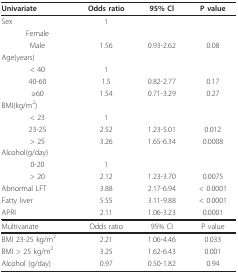
<table><thead><tr><td><b>Univariate</b></td><td><b>Odds ratio </b></td><td><b>95% Cl</b></td><td><b>P value</b></td></tr></thead><tbody><tr><td>Sex</td><td>1</td><td></td><td></td></tr><tr><td>Female</td><td></td><td></td><td></td></tr><tr><td>Male</td><td>1.56</td><td>0.93-2.62</td><td>0.08</td></tr><tr><td>Age(years)</td><td></td><td></td><td></td></tr><tr><td>&lt; 40</td><td>1</td><td></td><td></td></tr><tr><td>40-60</td><td>1.5</td><td>0.82-2.77</td><td>0.17</td></tr><tr><td>≥60</td><td>1.54</td><td>0.71-3.29</td><td>0.27</td></tr><tr><td>BMI(kg/m<sup>2</sup>)</td><td></td><td></td><td></td></tr><tr><td>&lt; 23</td><td>1</td><td></td><td></td></tr><tr><td>23-25</td><td>2.52</td><td>1.23-5.01</td><td>0.012</td></tr><tr><td>&gt; 25</td><td>3.26</td><td>1.65-6.34</td><td>0.0008</td></tr><tr><td>Alcohol(g/day)</td><td></td><td></td><td></td></tr><tr><td>0-20</td><td>1</td><td></td><td></td></tr><tr><td>&gt; 20</td><td>2.12</td><td>1.23-3.70</td><td>0.0075</td></tr><tr><td>Abnormal LFT</td><td>3.88</td><td>2.17-6.94</td><td>&lt; 0.0001</td></tr><tr><td>Fatty liver</td><td>5.55</td><td>3.11-9.88</td><td>&lt; 0.0001</td></tr><tr><td>APRI</td><td>2.11</td><td>1.06-3.23</td><td>0.0001</td></tr><tr><td>Multivariate</td><td>Odds ratio</td><td>95% CI</td><td>P value</td></tr><tr><td>BMI 23-25 kg/m<sup>2</sup></td><td>2.21</td><td>1.06-4.46</td><td>0.033</td></tr><tr><td>BMI &gt; 25 kg/m<sup>2</sup></td><td>3.25</td><td>1.62-6.43</td><td>0.001</td></tr><tr><td>Alcohol (g/day)</td><td>0.97</td><td>0.50-1.82</td><td>0.94</td></tr></tbody></table>